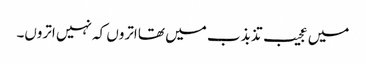
میں عجیب تذبذب میں تھا اتروں کہ نہیں اتروں۔